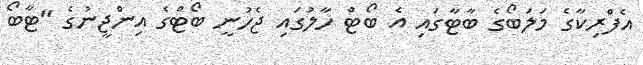
އެފްރިކާގެ މަލަބޯގެ ބާޓާގައި އެ ބޯޓް ހާލުގައި ޖެހުނީ ބޯޓްގެ އިންޖީނުގެ "ޓާބޯ